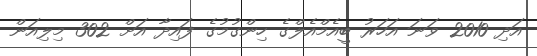
އަދި 2010 ވަނަ އަހަރު ބީއެމްއެލްގެ ހިންގުމުގެ ފައިދާ އަށް 302 މިލިއަން